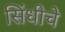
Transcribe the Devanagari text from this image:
सिंधीचे